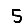
Digit: 5